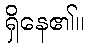
ရှိနေ၏။